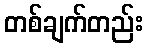
တစ်ချက်တည်း